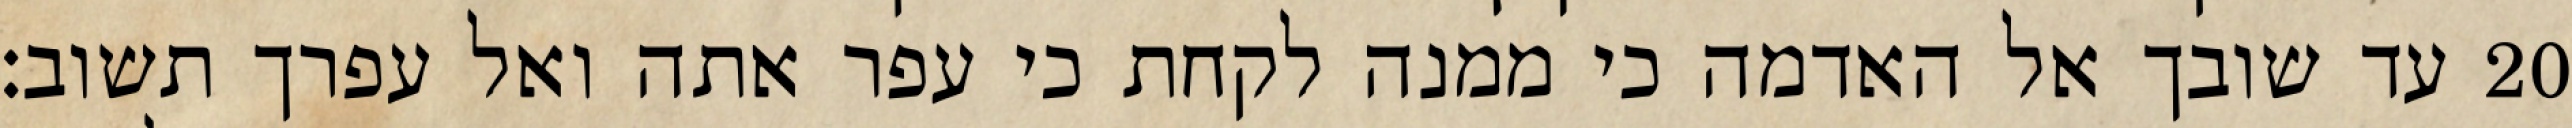
עד שובך אל האדמה כי ממנה לקחת כי עפר אתה ואל עפרך תשוב׃ ‎20‏